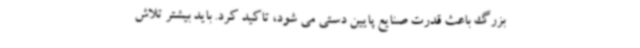
بزرگ باعث قدرت صنایع پایین دستی می شود، تاکید کرد. باید بیشتر تلاش